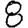
Digit: 8